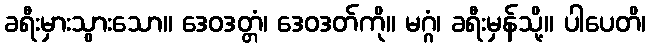
ခရီးမှားသွားသော။ ဒေဝဒတ္တံ၊ ဒေဝဒတ်ကို။ မဂ္ဂံ၊ ခရီးမှန်သို့။ ပါပေတိ၊